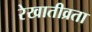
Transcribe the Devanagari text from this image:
रेखातीव्रता